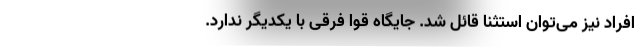
افراد نیز می‌توان استثنا قائل شد. جایگاه‌ قوا فرقی با یکدیگر ندارد.